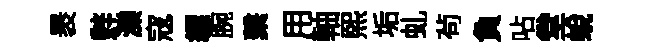
褁辤濼寇縹腕繫用軸煕垢虬茍負呫堂蛻